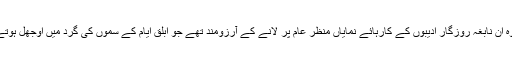
اس کے زیر اہتمام وہ ان نابغہ روزگار ادیبوں کے کارہائے نمایاں منظر عام پر لانے کے آرزومند تھے جو ابلق ایام کے سموں کی گرد میں اوجھل ہوتے چلے جا رہے ہیں۔